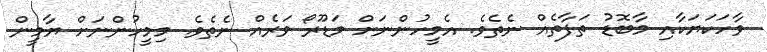
ވާހަކަޔަކާއި މާބޮޑު ތަފާތެއް ނެތެވެ. އެމީހުންނަށް މަޑޫރޯ ވަރެއް ނެތެވެ. މިމީހުންނަށް ޔާމީން